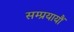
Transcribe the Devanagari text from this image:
सम्प्रयायौं